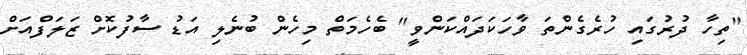
"ތިހާ ދުރުގައި ހުރެގެންތަ ވާހަކަދައްކަންވީ" ބެހެމަތް މިހެން ބުނެލި އަޑު ސާފުކޮށް ޒަލަފްއަށް